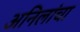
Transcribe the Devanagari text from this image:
अनिलांचा